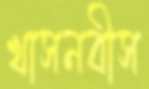
খাসনবীস